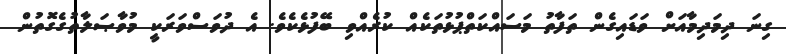
ގިނަ ދިމަދިމާއަށް ވަޑައިގެން ތަފާތު މަސައްކަތްޕުޅުތަކެއް ކުރެއްވި ބޭފުޅެކެވެ. އެ ދުވަސްވަރަކީ މުވާޞަލާތުގެގޮތުން